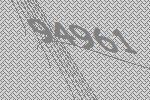
94961